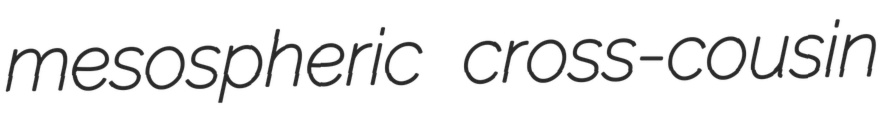
mesospheric cross-cousin